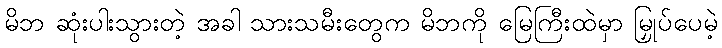
မိဘ ဆုံးပါးသွားတဲ့ အခါ သားသမီးတွေက မိဘကို မြေကြီးထဲမှာ မြှုပ်ပေမဲ့